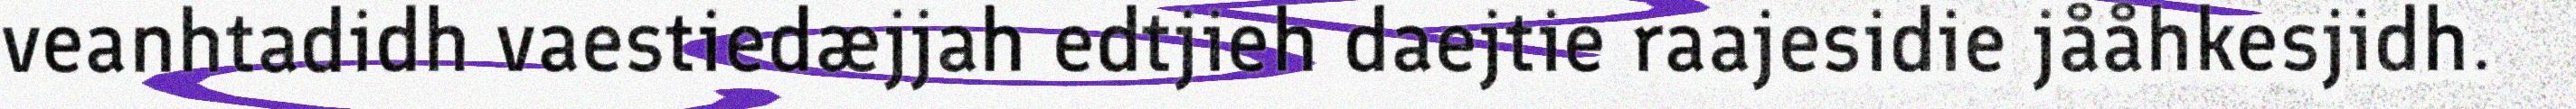
veanhtadidh vaestiedæjjah edtjieh daejtie raajesidie jååhkesjidh.